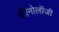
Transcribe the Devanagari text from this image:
फीनोलॉजी